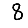
Digit: 8